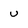
Character: u